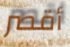
أقصر